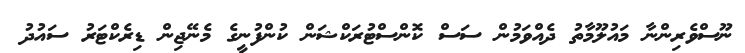
ނޫސްވެރިންނާ މައުލޫމާތު ދެއްވަމުން ސަސް ކޮންސްޓުރަކްޝަން ކުންފުނީގެ މެނޭޖިން ޑިރެކްޓަރު ސައުދު